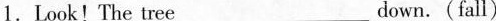
1.Look!The tree___down.(fall)